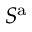
S ^ { \mathrm { a } }